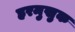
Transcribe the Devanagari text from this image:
हरमुखुक